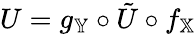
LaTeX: U=g_{\mathbb{Y}}\circ\tilde{U}\circ f_{\mathbb{X}}